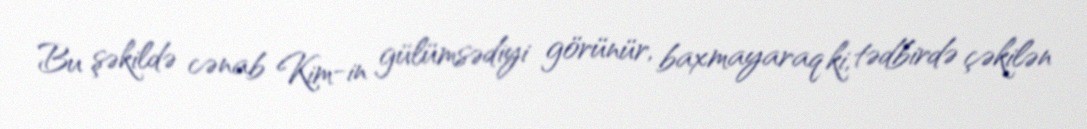
Bu şəkildə cənab Kim-in gülümsədiyi görünür, baxmayaraq ki, tədbirdə çəkilən